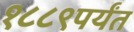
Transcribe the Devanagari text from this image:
१८८९पर्यंत